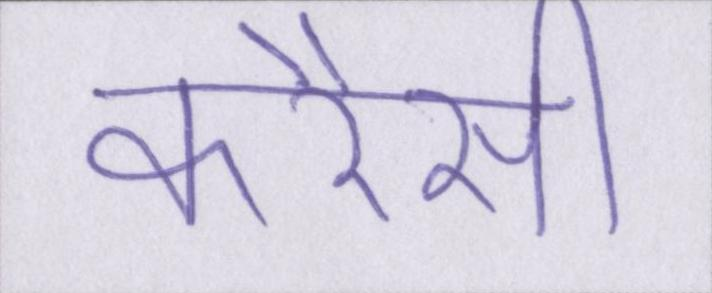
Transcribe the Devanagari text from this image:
करैंसी